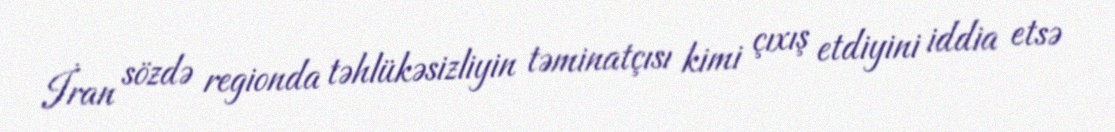
İran sözdə regionda təhlükəsizliyin təminatçısı kimi çıxış etdiyini iddia etsə